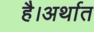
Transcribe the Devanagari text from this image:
है।अर्थात